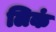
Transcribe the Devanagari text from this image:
लिकं